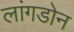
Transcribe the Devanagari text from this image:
लांगडोन